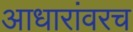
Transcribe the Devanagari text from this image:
आधारांवरच